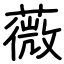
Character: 薇